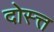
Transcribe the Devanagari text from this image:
दोस्त्त